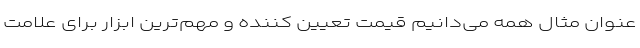
عنوان مثال همه می‌دانیم قیمت تعیین کننده و مهم‌ترین ابزار برای علامت